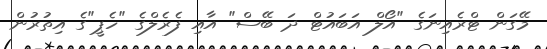
މޭގަން ޓްރެއިނަގެ "އޯލް އަބައުޓް ދަ ބޭސް" އާއި ފެރެލްގެ "ހެޕީ"ގެ އިތުރުން